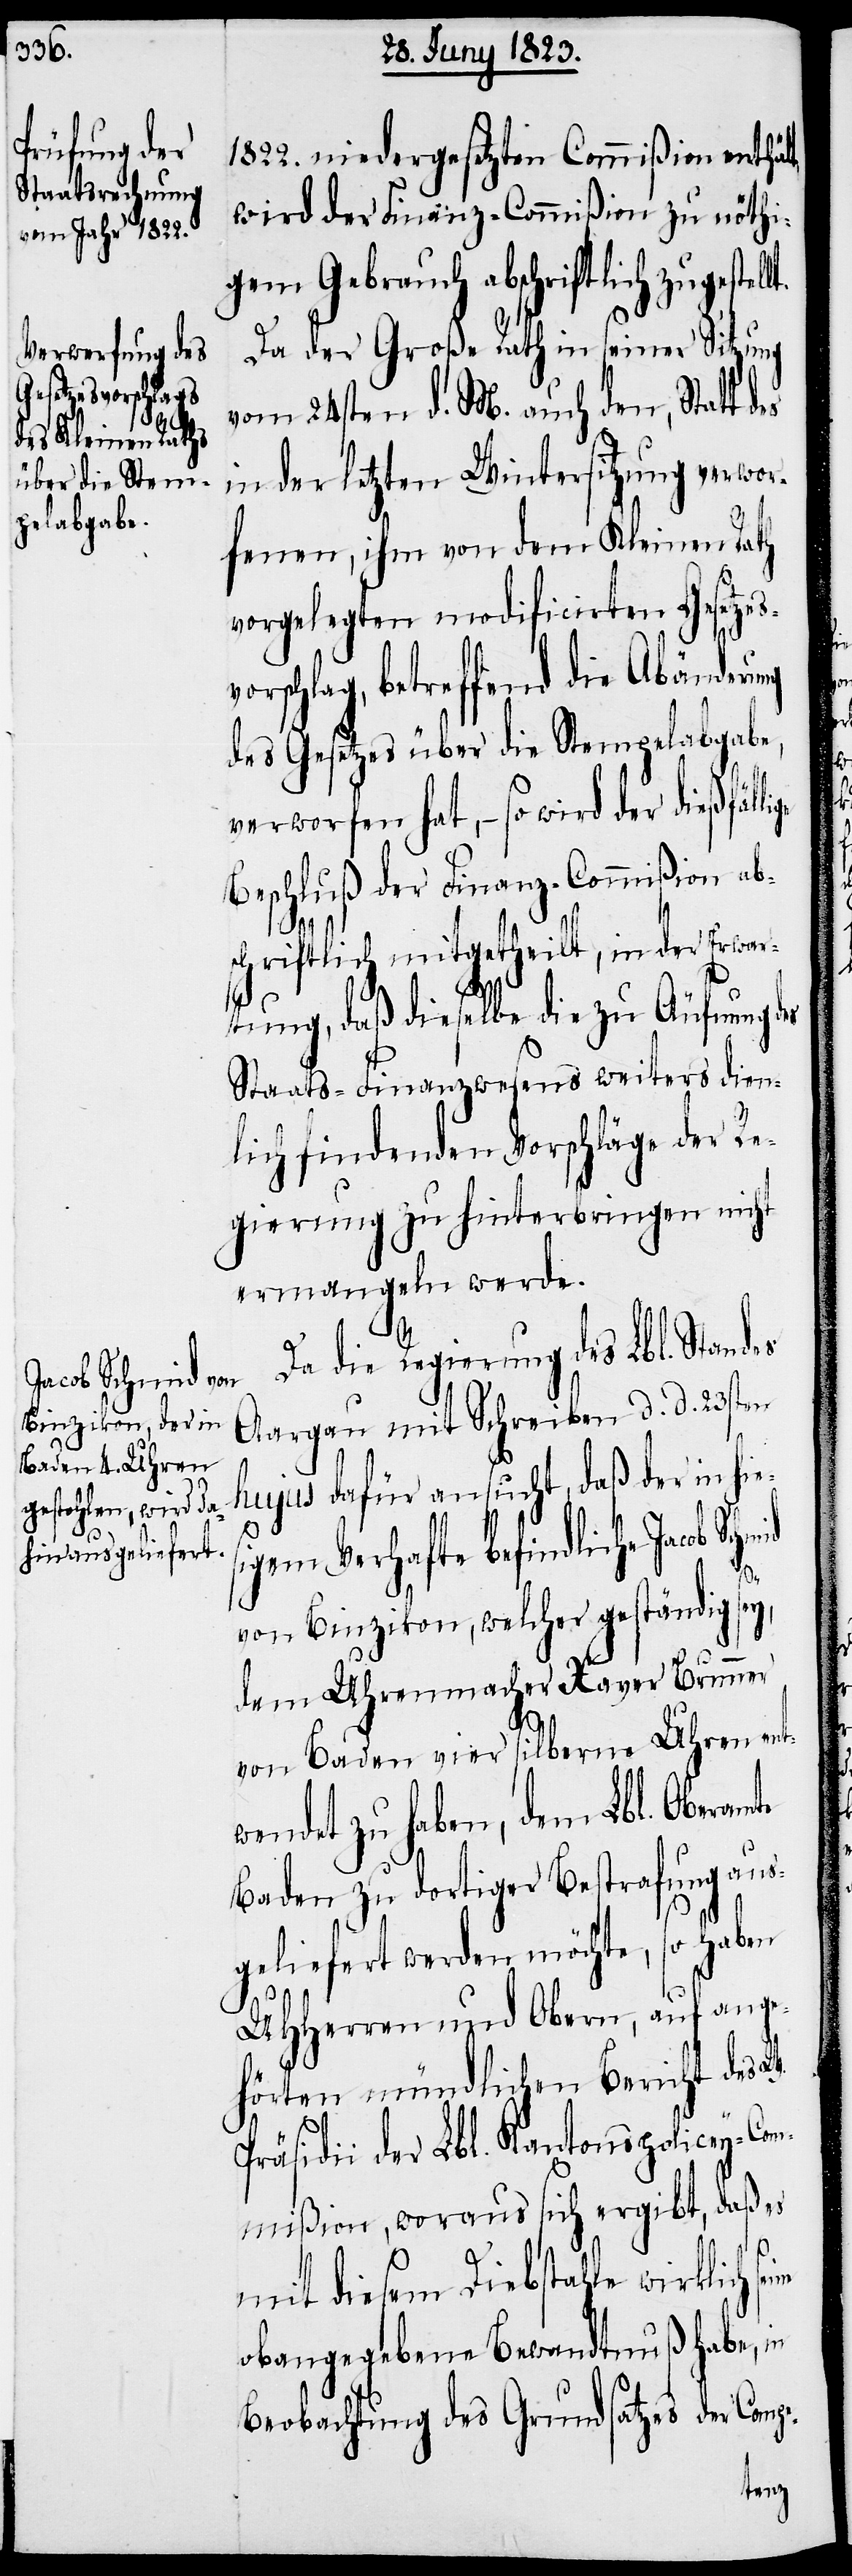
1822. niedergesetzten Commißion enthäl¬
wird der Finanz-Commißion zu nöthi¬
gem Gebrauch abschriftlich zugestel¬
Da der Große Rath in seiner Sitzung
vom 24sten d. M. auch den, Statt d¬
in der letzten Wintersitzung verwor¬
fenen, ihm von dem Kleinen Rath
vorgelegten modificirten Gesetzes¬
orschlag, betreffend die Abänderung
des Gesetzes über die Stempelabgabe,
verworfen hat, – so wird der dießfäll¬
Beschluß der Finanz-Commißion ab¬
si¬
schriftlich mitgetheilt, in der Erwa¬
rtung, daß dieselbe die zu Äufnung des
Staats-Finanzwesens weiters dien¬
lich findenden Vorschläge der Re¬
gierung zu hinterbringen nicht
ermangeln werde.
Da die Regierung des Lbl. Standes
Aargau mit Schreiben d. d. 23sten
hujus dafür ansucht, daß der in hie¬
gem Verhafte befindliche Jacob
v¬
von Binzikon, welcher geständig sey,
dem Uhrenmacher Xaver Brunner
von Baden vier silberne Uhren ent¬
wendet zu haben, dem Lbl. Oberamte
Baden zu dortiger Bestrafung aus¬
geliefert werden möchte, so haben
UHHerren und Obern, auf ange¬
hörten mündlichen Bericht des
Präsidii der Lbl. Kantonspolicey-Co¬
mmißion, woraus sich ergibt, daß es
mit diesem Diebstahle wirklich
obangegebene Bewandtnuß habe, in
Beobachtung des Grundsatzes der Compe-
seine